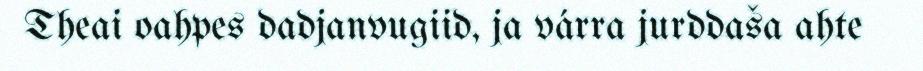
Theai oahpes dadjanvugiid, ja várra jurddaša ahte